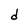
Character: d